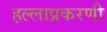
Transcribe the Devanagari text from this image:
हल्लाप्रकरणी